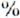
%